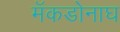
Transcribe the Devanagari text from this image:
मॅकडोनाघ